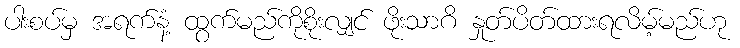
ပါးစပ်မှ အရက်နံ့ ထွက်မည်ကိုစိုးလျှင် ဖိုးသာဂိ နှုတ်ပိတ်ထားရလိမ့်မည်ဟု